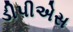
ડીપીએસ